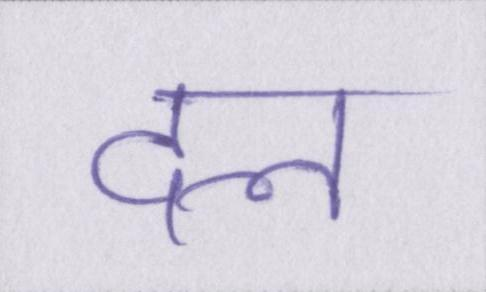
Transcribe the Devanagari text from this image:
दल